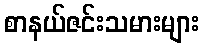
စာနယ်ဇင်းသမားများ